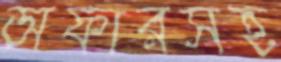
অফারসহ